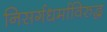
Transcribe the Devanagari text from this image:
निसर्गधर्माविरुद्ध